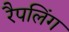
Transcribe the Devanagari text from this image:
रैपलिंग